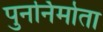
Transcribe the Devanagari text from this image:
पुनर्निर्माता